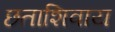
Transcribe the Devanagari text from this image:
छताशिवाय